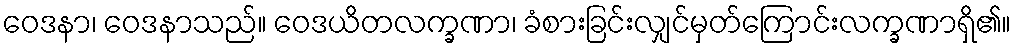
ဝေဒနာ၊ ဝေဒနာသည်။ ဝေဒယိတလက္ခဏာ၊ ခံစားခြင်းလျှင်မှတ်ကြောင်းလက္ခဏာရှိ၏။